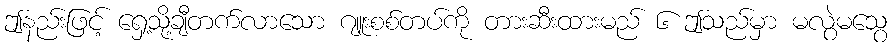
ဤနည်းဖြင့် ရှေ့သို့ချီတက်လာသော ဂျူးစစ်တပ်ကို တားဆီးထားမည် ၆ ဤသည်မှာ မလွဲမသွေ